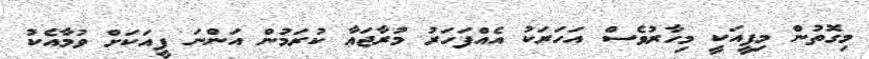
މިގޮތުން މިފީއަކީ މިހާރުވެސް އަހަރަކު އެއްފަހަރު މުރާޖަޢާ ކުރަމުން އަންނަ ފީއަކަށް ވުމާއެކު